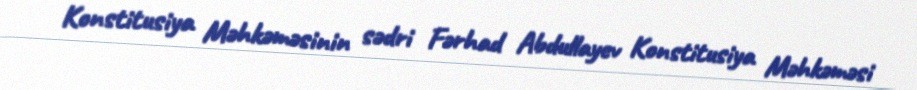
Konstitusiya Məhkəməsinin sədri Fərhad Abdullayev Konstitusiya Məhkəməsi